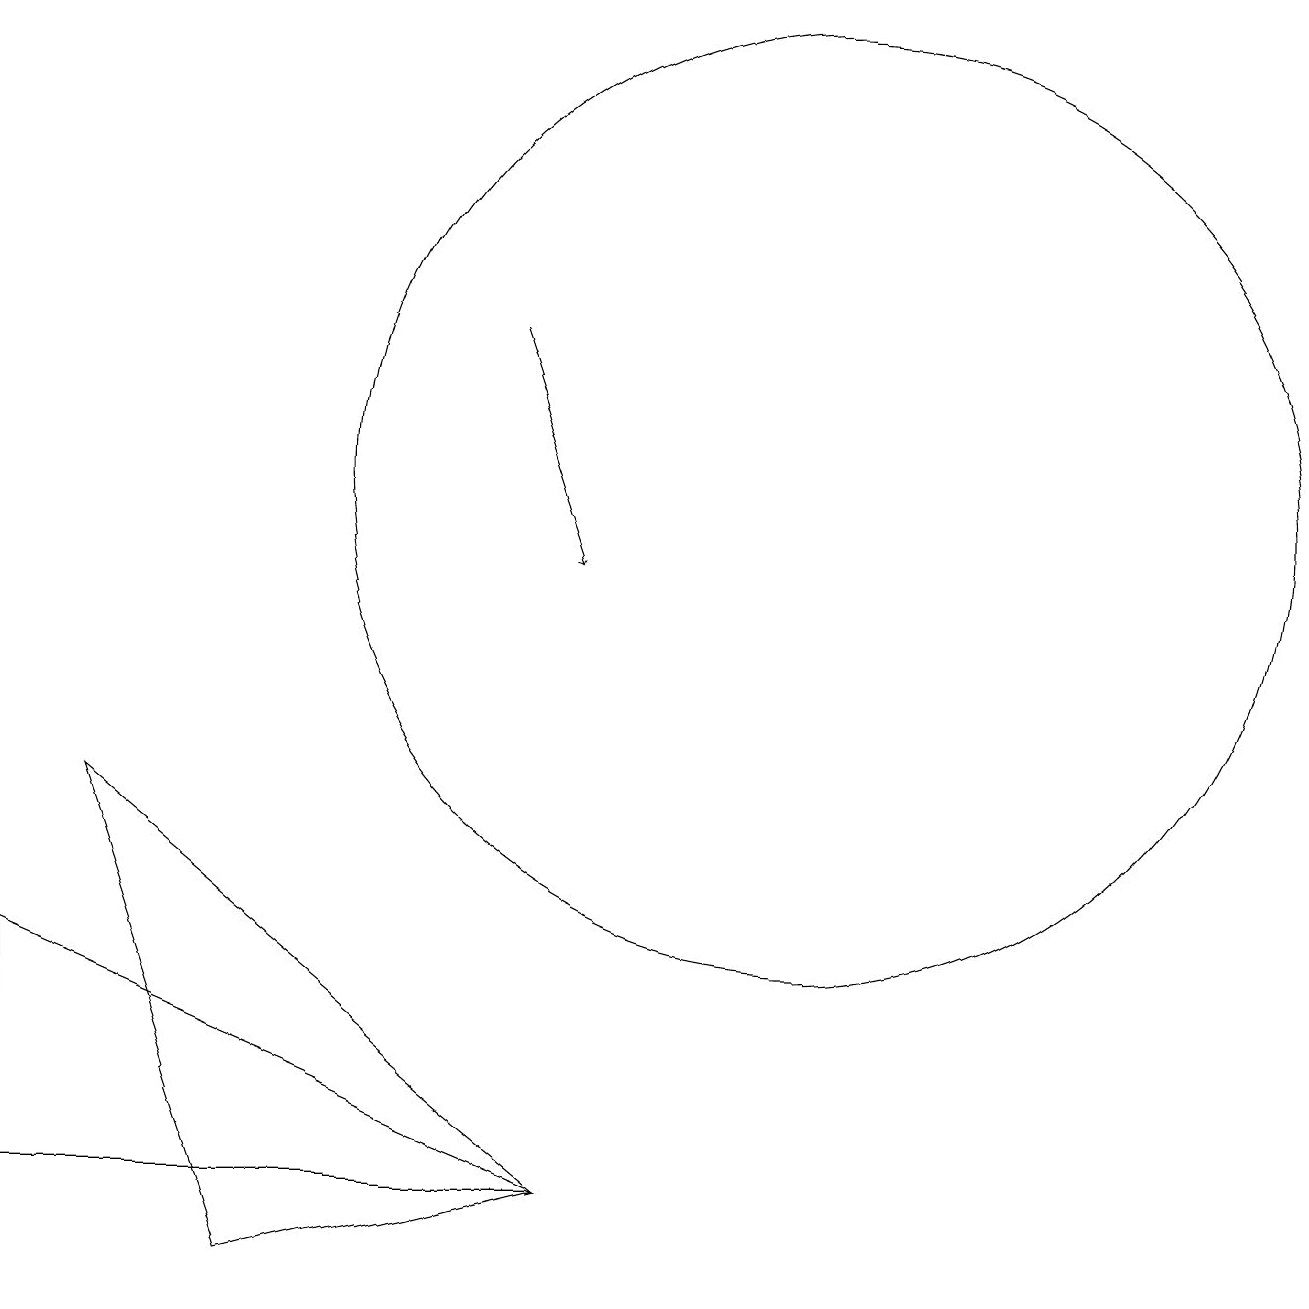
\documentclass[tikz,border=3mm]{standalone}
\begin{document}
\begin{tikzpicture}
\draw[->] (6,14) -- (7,11);
\draw (1,8) -- (3,2) -- (7,3) -- cycle;
\draw (0,6) -- (7,3) -- (0,3) -- cycle;
\draw (10,12) circle (6);
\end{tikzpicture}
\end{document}